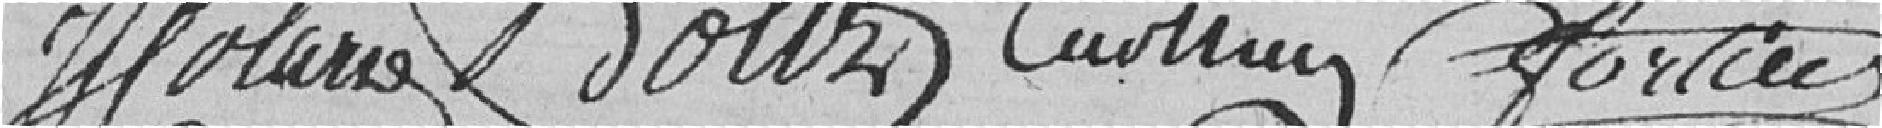
J. COLARD  BOLES  ???   FORLIO?